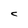
Character: C